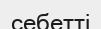
себетті